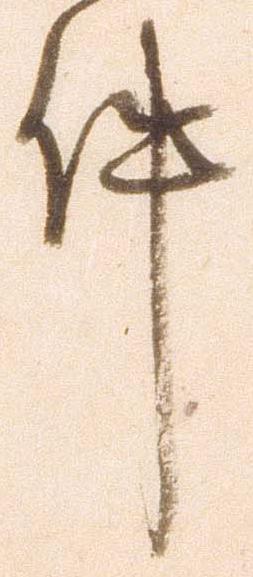
件